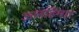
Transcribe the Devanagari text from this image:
अलहिमाा